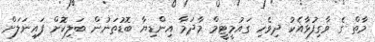
މާތް ގެ ވާގިފުޅާއެކު ދިވެހި ގައުމީޓީމް މާދަމާ އިންޑިޔާ ބޮޑުތަނުން ބަލިކޮށް ފައިނަލަށް